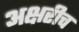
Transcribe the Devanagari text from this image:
अक्षरीच